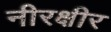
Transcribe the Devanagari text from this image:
नीरक्षीर